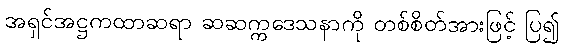
အရှင်အဋ္ဌကထာဆရာ ဆဆက္ကဒေသနာကို တစ်စိတ်အားဖြင့် ပြ၍